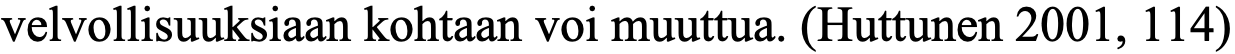
velvollisuuksiaan kohtaan voi muuttua. (Huttunen 2001, 114)